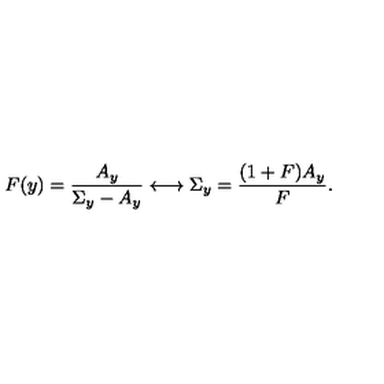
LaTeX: F ( y ) = \frac { A _ { y } } { \Sigma _ { y } - A _ { y } } \longleftrightarrow \Sigma _ { y } = \frac { ( 1 + F ) A _ { y } } { F } .